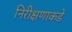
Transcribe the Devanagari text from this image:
निरीक्षणाकडे